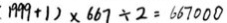
1 9 9 9 + 1 ) \times 6 6 7 \div 2 = 6 6 7 0 0 0